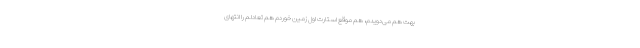
بهت هم می‌دویدم، هم موقع استارت اول زمین خوردم هم تعادلم را انتهای